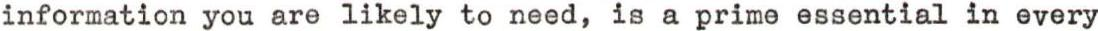
information you are likely to need, is a prime essential in every